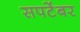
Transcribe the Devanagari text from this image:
सपटेंबर